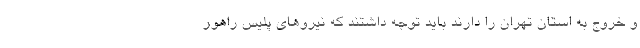
و خروج به استان تهران را دارند باید توجه داشتند که نیروهای پلیس راهور